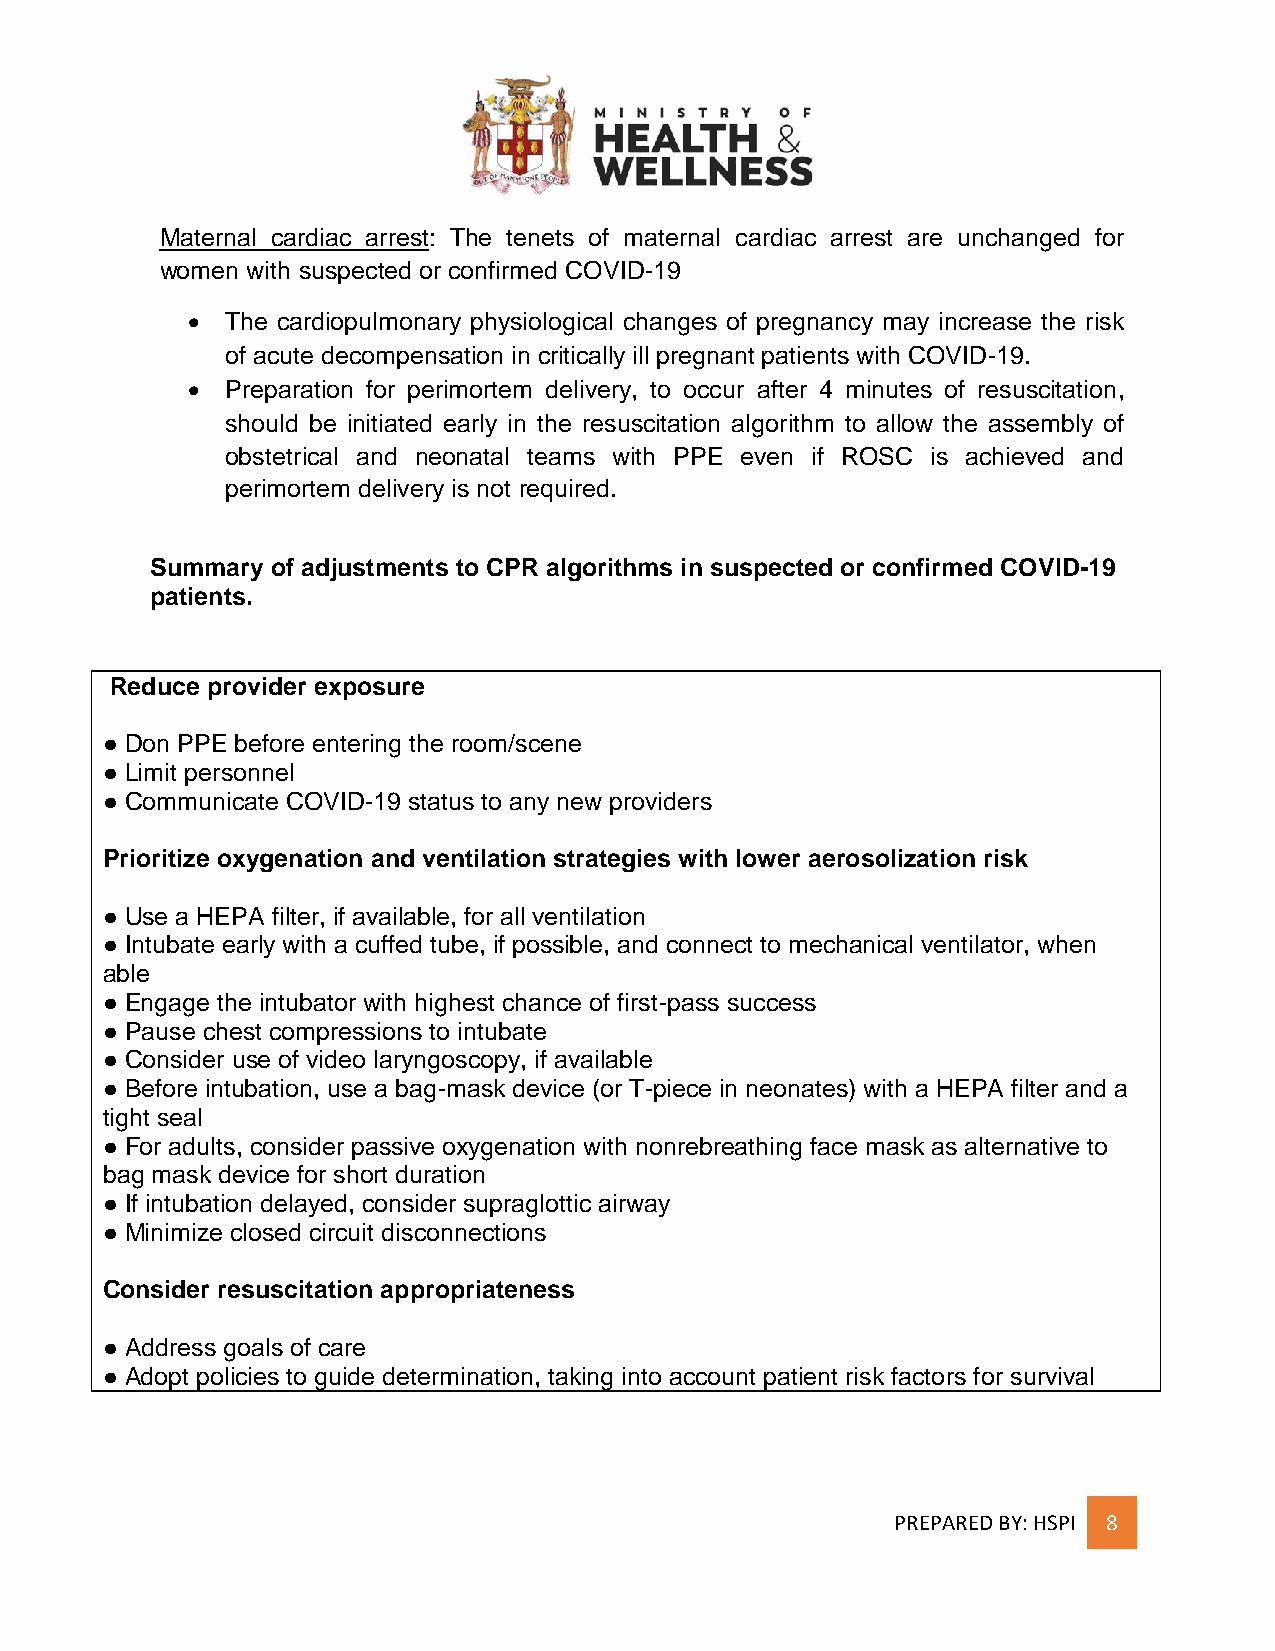
Maternal cardiac arrest: The tenets of maternal cardiac arrest are unchanged for
 women with suspected or confirmed COVID-19
   The cardiopulmonary physiological changes of pregnancy may increase the risk
 of acute decompensation in critically ill pregnant patients with COVID-19.
   Preparation for perimortem delivery, to occur after 4 minutes of resuscitation,
 should be initiated early in the resuscitation algorithm to allow the assembly of
 obstetrical and neonatal teams with PPE even if ROSC is achieved and
 perimortem delivery is not required.
 Summary of adjustments to CPR algorithms in suspected or confirmed COVID-19
 patients.
 Reduce provider exposure
 ● Don PPE before entering the room/scene
 ● Limit personnel
 ● Communicate COVID-19 status to any new providers
 Prioritize oxygenation and ventilation strategies with lower aerosolization risk
 ● Use a HEPA filter, if available, for all ventilation
 ● Intubate early with a cuffed tube, if possible, and connect to mechanical ventilator, when
 able
 ● Engage the intubator with highest chance of first-pass success
 ● Pause chest compressions to intubate
 ● Consider use of video laryngoscopy, if available
 ● Before intubation, use a bag-mask device (or T-piece in neonates) with a HEPA filter and a
 tight seal
 ● For adults, consider passive oxygenation with nonrebreathing face mask as alternative to
 bag mask device for short duration
 ● If intubation delayed, consider supraglottic airway
 ● Minimize closed circuit disconnections
 Consider resuscitation appropriateness
 ● Address goals of care
 ● Adopt policies to guide determination, taking into account patient risk factors for survival
 PREPARED BY: HSPI 8